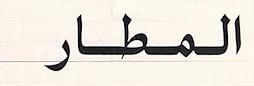
المطار